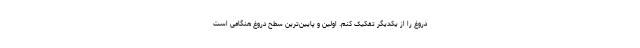
دروغ را از یکدیگر تفکیک کنم. اولین و پایین‌ترین سطح دروغ هنگامی است